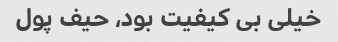
خیلی بی کیفیت بود، حیف پول